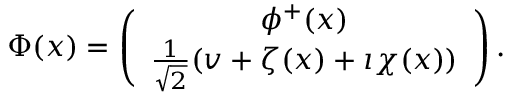
\begin{array} { r } { \Phi ( x ) = \left( \begin{array} { c } { \phi ^ { + } ( x ) } \\ { \frac { 1 } { \sqrt { 2 } } ( v + \zeta ( x ) + \imath \chi ( x ) ) } \end{array} \right) . } \end{array}